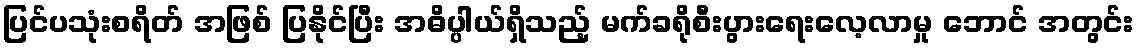
ပြင်ပသုံးစရိတ် အဖြစ် ပြနိုင်ပြီး အဓိပ္ပါယ်ရှိသည့် မက်ခရိုစီးပွားရေးလေ့လာမှု ဘောင် အတွင်း